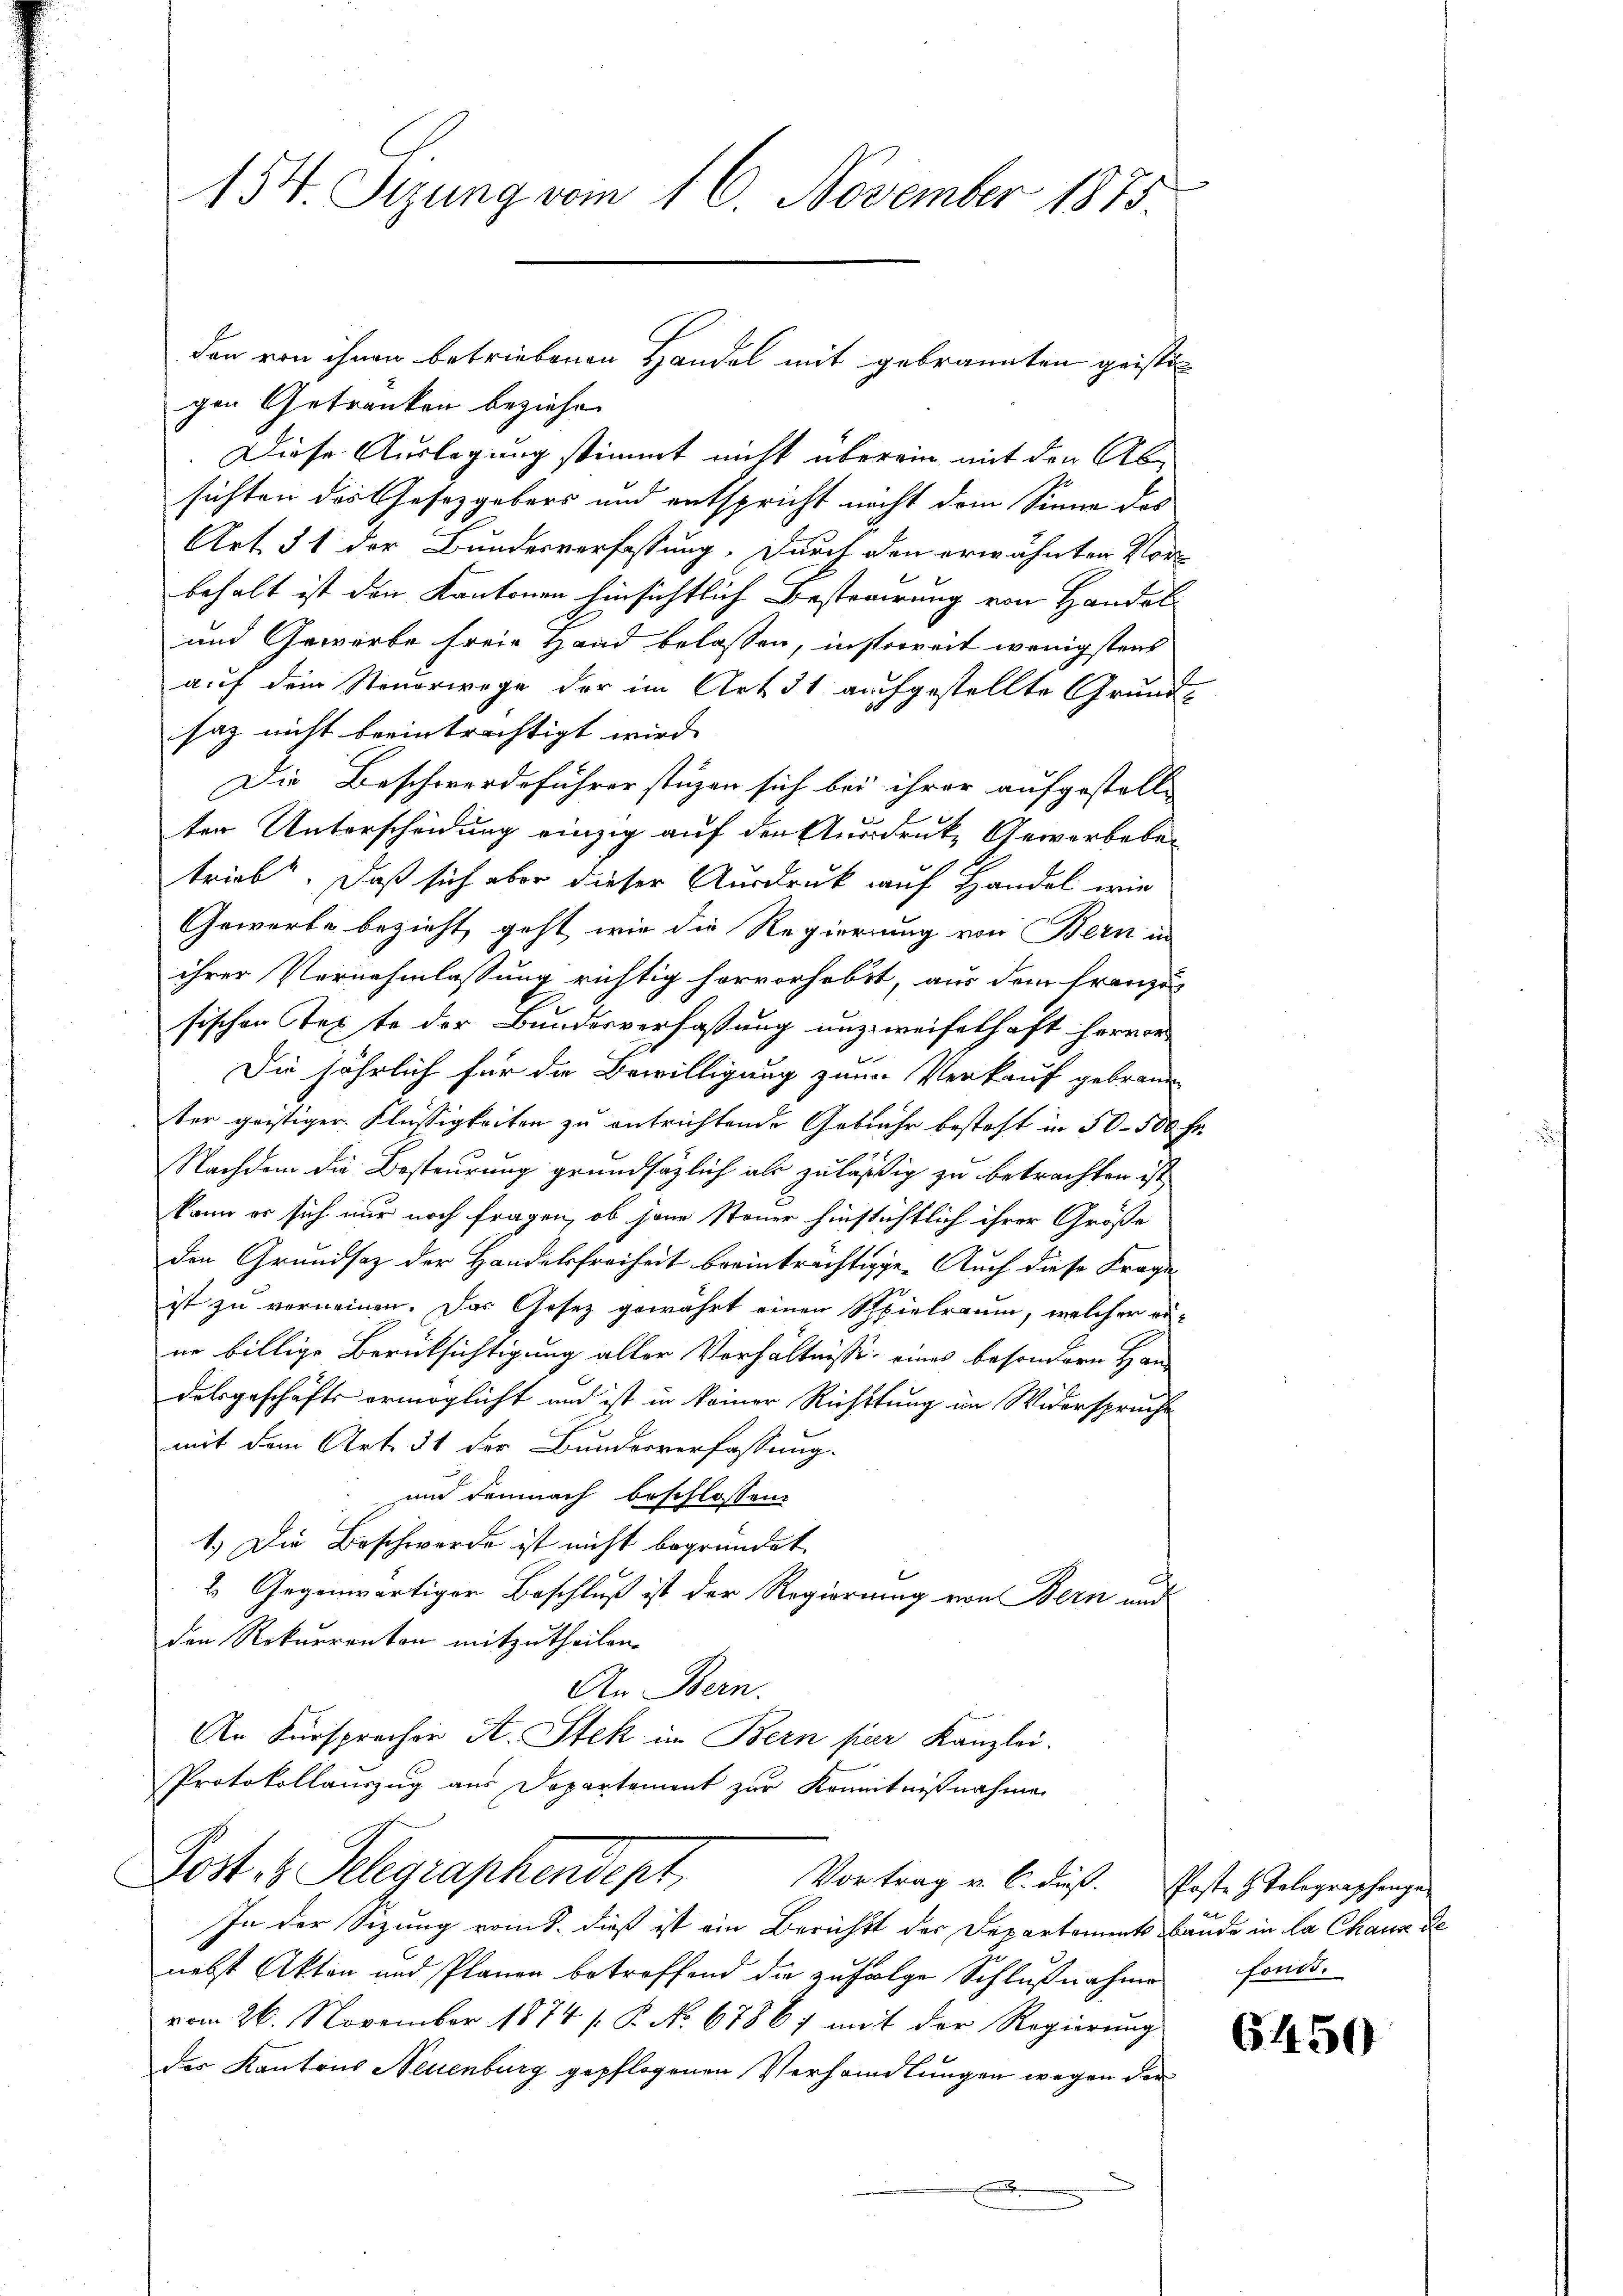
154. Sizung vom 16. November 1875.

gen Getränken beziehe.
Diese Auslegung stimmt nicht überein mit den Ab-
sichten des Gesetzgebers und entspricht nicht dem Sinne des
Art. 51 der Bundesverfassung. Durch den erwähnten Vorbehalt ist den Kantonen hinsichtlich Besterirung von Handel
und Gewerbe freie Hand belassen, insoweit wenigstens
auf dem Steuerwege der im Art. 31 aufgestellte Grund-
saz nicht beeinträchtigt wird. |
Die Beschwerdeführerstüzen sich bei ihrer aufgestell-
ter Unterscheidung einzig auf den Ausdrucke Gewerbebetrieb. Daß sich aber dieser Ausdruck auf Handel wie
Gewerbe bezieht, geht, wie die Regierung von Bern in
ihrer Vernehmlassung richtig hervorhebt, aus dem französ
sischen Texte der Bundesverfassung unzweifelhaft hervor¬
Die jährlich für die Bewilligung zum Verkauf gebraun
ter geistiger Flüssigkeiten zu entrichtende Gebühr besteht in 50 - 500 f.
Nachdem die Besteurung grundsätzlich als zulässig zu betrachten ist,
kann er sich nur noch fragen, ob jene Steuer hinstichtlich ihrer Größe
den Grundsaz der Handelsfreiheit beeinträchtigge. Auch diese Frage
ist zu verneinen. Das Gesetz gewährt einen Spielraum, welcher rä-
ne billige Berücksichtigung aller Verhältnisse eines besondern Han-
dalsgeschäfts ermöglicht und ist in keiner Richttung im Widerspruche
mit dem Art. 31 der Bundesverfassung.
und demnach beschlossen:
1.) Die Beschwerde ist nicht begründet
2. Gegenwärtiger Beschluß ist der Regierung von Bern und
den Rekurrenton mitzutheilen.
An Bern.
An Fürsprecher A. Stek in Bern par Kanzlei.
Protokollauszug aus Departement zur Kenntnißnahme
Post es Telegraphendept Vortrag u. b. dieß. Erste Gelegraschungen
In der Sizung vom 8. dieß ist ein Berichts der Departements Bände in la Chaus de
nebst Akten und Planen betreffend die zufolge Schlußnahme fonds.
vom 26. November 1874 /: P. No 67867 mit der Regierung
des Kantons Neuenburg gepflogenen Verhandlungen wegen der

den von ihnen betriebenen Handel mit gebrannten geisten

6450